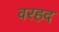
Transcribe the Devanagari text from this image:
वरहद